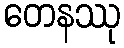
တေနဿု